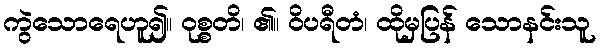
ကွဲသောရေဟူ၍။ ဝုစ္စတိ၊ ၏။ ဝိပရီတံ၊ ထိုမှပြန် သောနင်းသူ